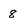
Character: 8